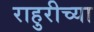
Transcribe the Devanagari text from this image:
राहुरीच्या